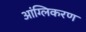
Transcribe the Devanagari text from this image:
आंग्लिकरण